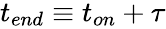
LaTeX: \begin{array}{r}{t_{end}\equiv t_{on}+\tau}\end{array}